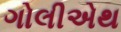
ગોલીએથ